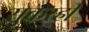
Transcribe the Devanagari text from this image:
सुकरही